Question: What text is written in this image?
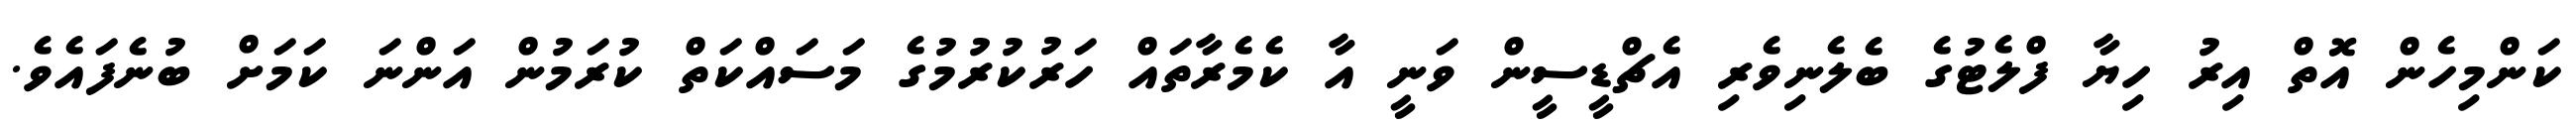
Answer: ކަންމިހެން އޮތް އިރު ހިޔާ ފްލެޓުގެ ބެލެނިވެރި އެޗްޑީސީން ވަނީ އާ ކެމެރާތައް ހަރުކުރުމުގެ މަސައްކަތް ކުރަމުން އަންނަ ކަމަށް ބުނެފައެވެ.